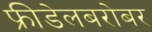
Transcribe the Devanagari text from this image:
फ्रीडेलबरोबर